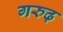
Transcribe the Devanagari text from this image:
गरुढ़